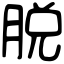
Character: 脱